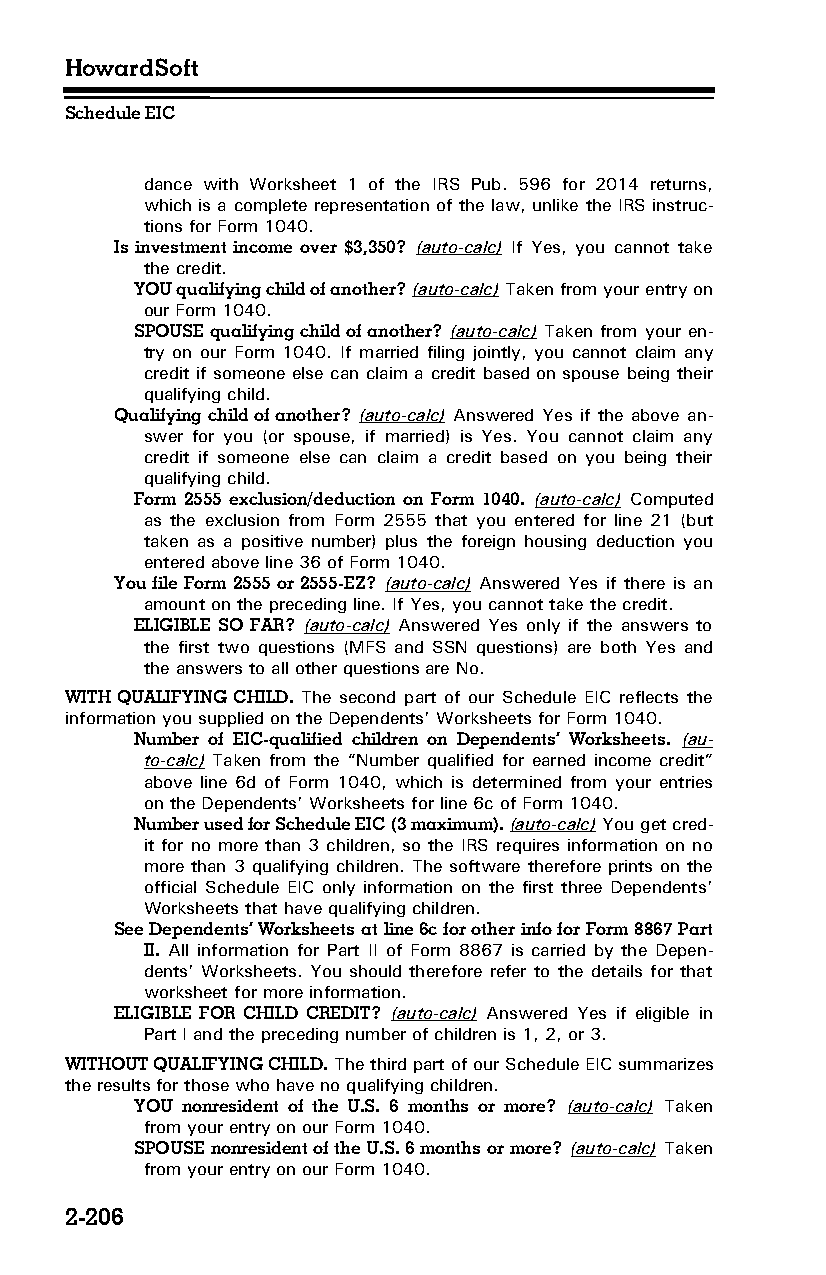
HowardSoft
 Schedule EIC
 dance with Worksheet 1 of the IRS Pub. 596 for 2014 returns,
 which is a complete representation of the law, unlike the IRS instruc­
 tions for Form 1040.
 Is investment income over $3,350? (auto-calc) If Yes, you cannot take
 the credit.
 YOU qualifying child of another? (auto-calc) Taken from your entry on
 our Form 1040.
 SPOUSE qualifying child of another? (auto-calc) Taken from your en­
 try on our Form 1040. If married filing jointly, you cannot claim any
 credit if someone else can claim a credit based on spouse being their
 qualifying child.
 Qualifying child of another? (auto-calc) Answered Yes if the above an­
 swer for you (or spouse, if married) is Yes. You cannot claim any
 credit if someone else can claim a credit based on you being their
 qualifying child.
 Form 2555 exclusion/deduction on Form 1040. (auto-calc) Computed
 as the exclusion from Form 2555 that you entered for line 21 (but
 taken as a positive number) plus the foreign housing deduction you
 entered above line 36 of Form 1040.
 You file Form 2555 or 2555-EZ? (auto-calc) Answered Yes if there is an
 amount on the preceding line. If Yes, you cannot take the credit.
 ELIGIBLE SO FAR? (auto-calc) Answered Yes only if the answers to
 the first two questions (MFS and SSN questions) are both Yes and
 the answers to all other questions are No.
 WITH QUALIFYING CHILD. The second part of our Schedule EIC reflects the
 information you supplied on the Dependents’ Worksheets for Form 1040.
 Number of EIC-qualified children on Dependents’ Worksheets. (au­
 to-calc) Taken from the “Number qualified for earned income credit”
 above line 6d of Form 1040, which is determined from your entries
 on the Dependents’ Worksheets for line 6c of Form 1040.
 Number used for Schedule EIC (3 maximum). (auto-calc) You get cred­
 it for no more than 3 children, so the IRS requires information on no
 more than 3 qualifying children. The software therefore prints on the
 official Schedule EIC only information on the first three Dependents’
 Worksheets that have qualifying children.
 See Dependents’ Worksheets at line 6c for other info for Form 8867 Part
 II. All information for Part II of Form 8867 is carried by the Depen­
 dents’ Worksheets. You should therefore refer to the details for that
 worksheet for more information.
 ELIGIBLE FOR CHILD CREDIT? (auto-calc) Answered Yes if eligible in
 Part I and the preceding number of children is 1, 2, or 3.
 WITHOUT QUALIFYING CHILD. The third part of our Schedule EIC summarizes
 the results for those who have no qualifying children.
 YOU nonresident of the U.S. 6 months or more? (auto-calc) Taken
 from your entry on our Form 1040.
 SPOUSE nonresident of the U.S. 6 months or more? (auto-calc) Taken
 from your entry on our Form 1040.
 2-206